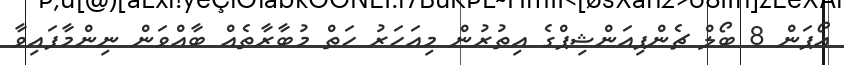
އޯޕަން 8 ބޯލް ޗެންޕިއަންޝިޕްގެ އިތުރުން މިއަހަރު ހަތް މުބާރާތެއް ބާއްވަން ނިންމާފައިވާ